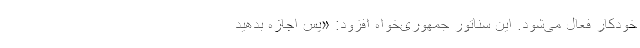
خودکار فعال می‌شود. این سناتور جمهوری‌خواه افزود: «پس اجازه بدهید